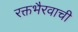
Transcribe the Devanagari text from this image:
रक्तभैरवाची